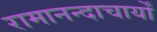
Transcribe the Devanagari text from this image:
रामानन्दाचार्यों